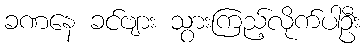
ခဏနေ ခင်ဗျား သွားကြည့်လိုက်ပါဦး